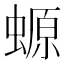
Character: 螈